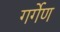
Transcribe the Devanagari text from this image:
गर्गेण